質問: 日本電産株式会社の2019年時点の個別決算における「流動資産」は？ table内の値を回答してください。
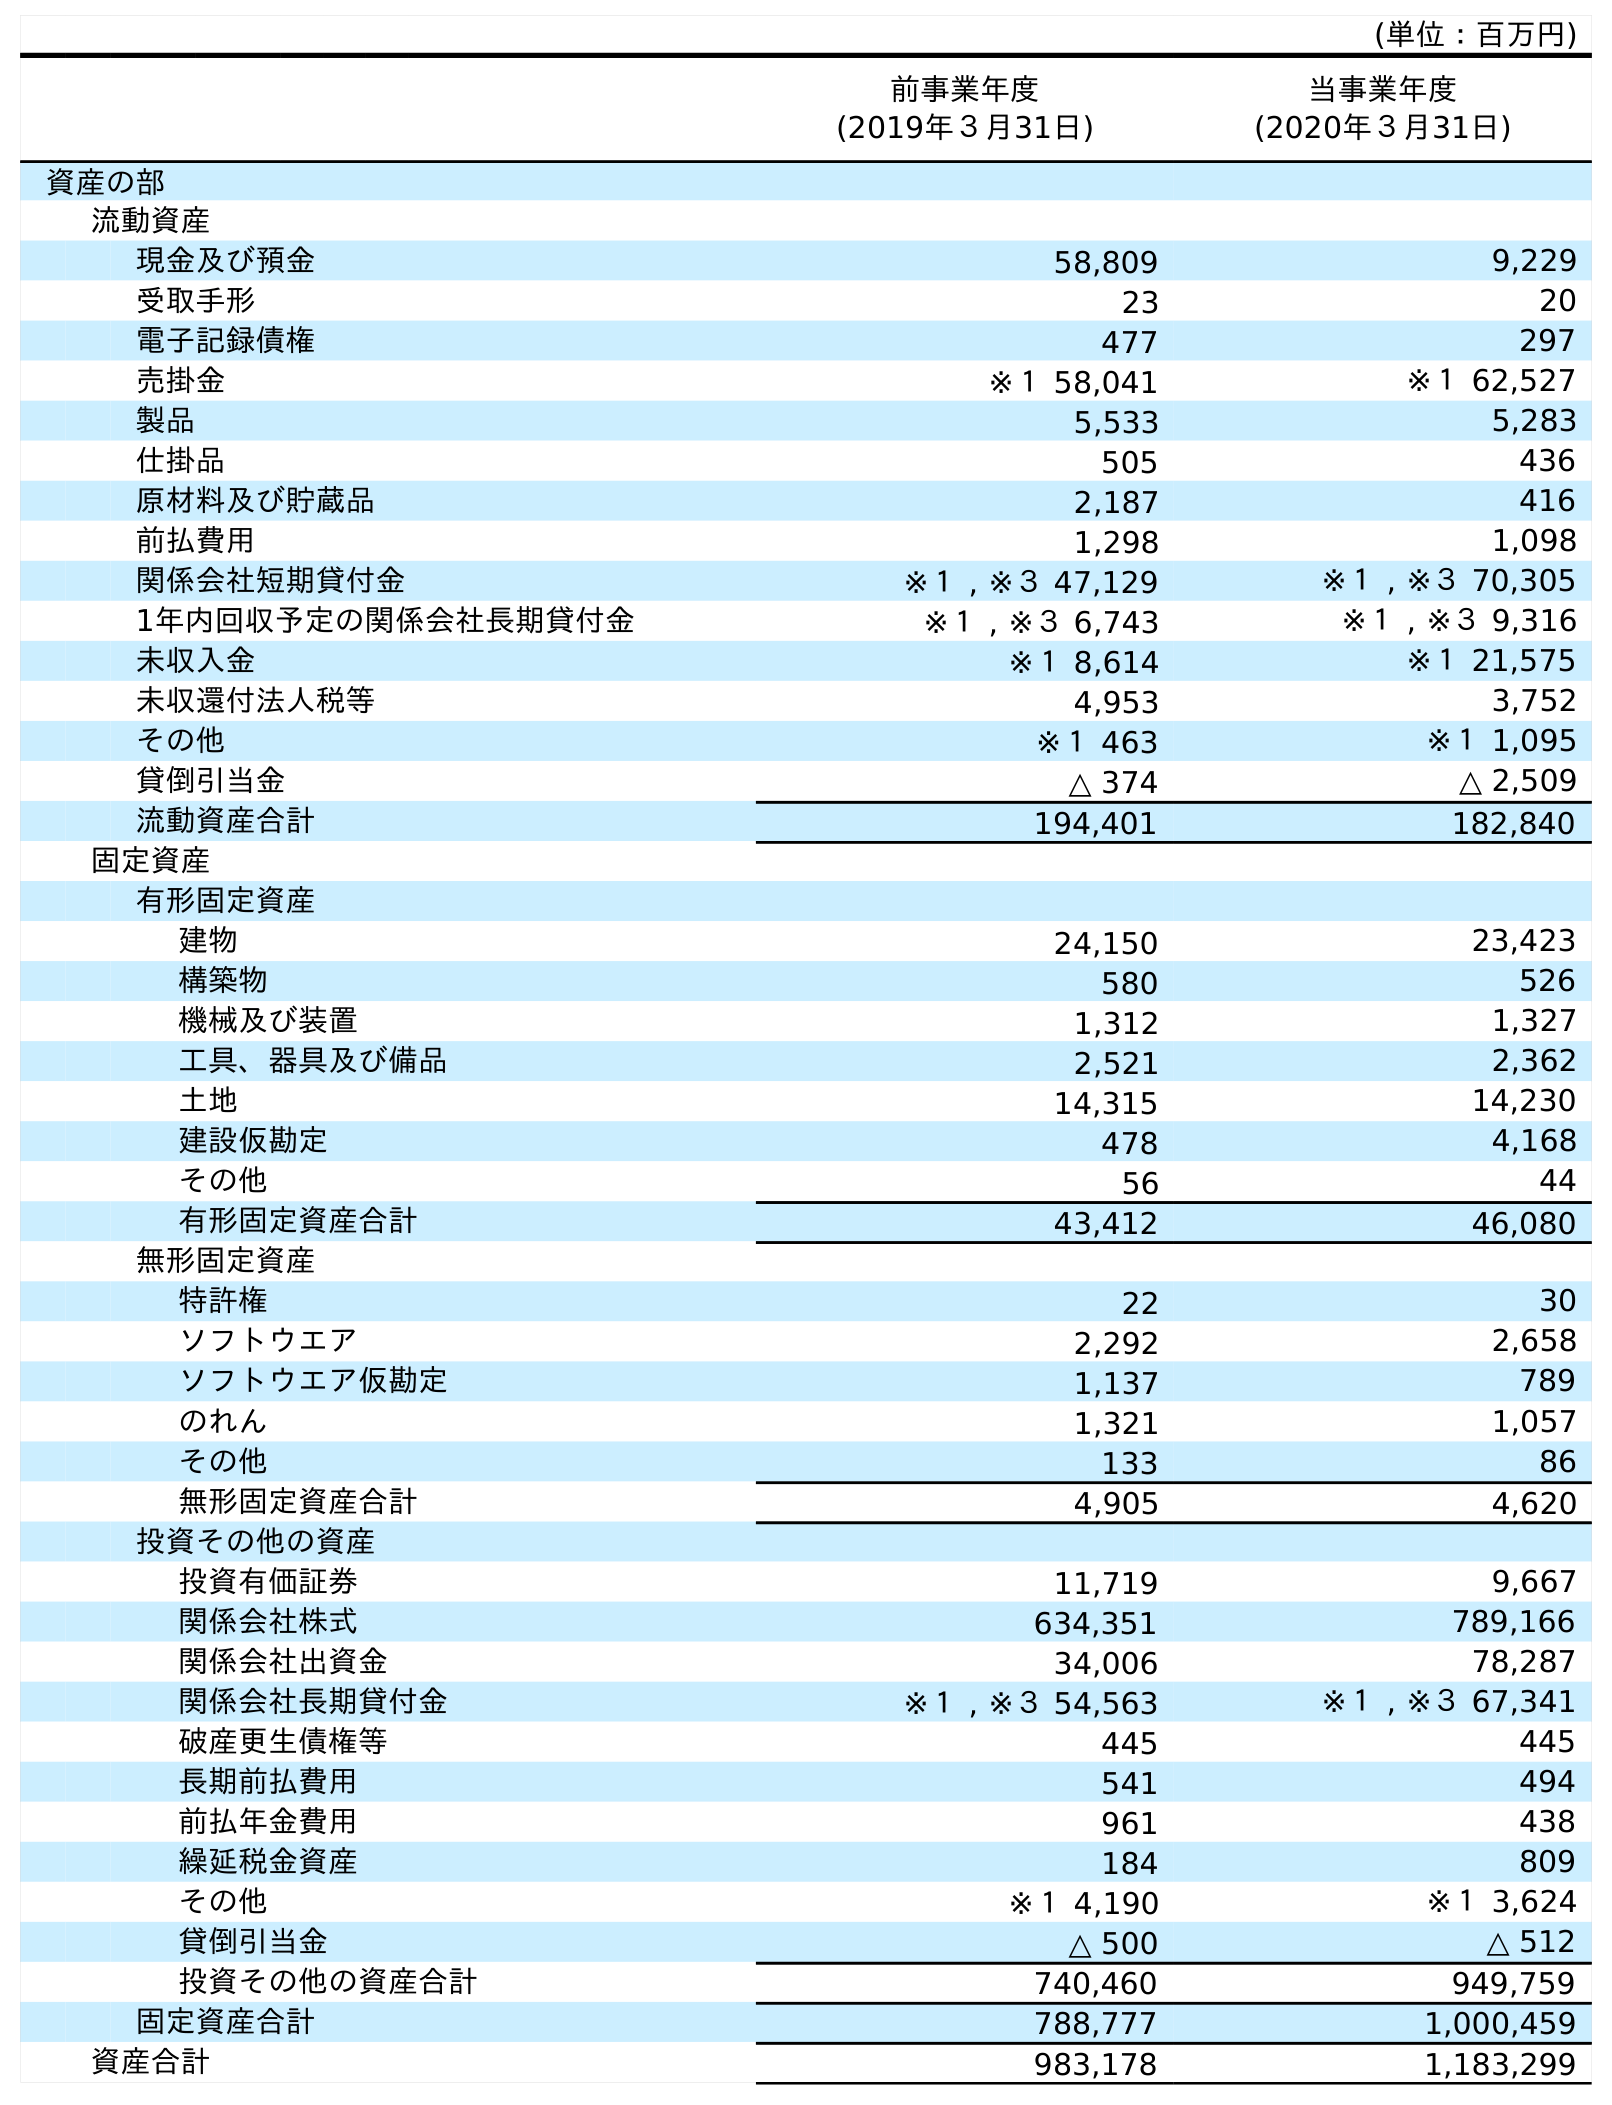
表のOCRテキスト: (単位：百万円) 前事業年度 (2019年３月31日) 当事業年度 (2020年３月31日) 資産の部 流動資産 現金及び預金 58,809 9,229 受取手形 23 20 電子記録債権 477 297 売掛金 ※１ 58,041 ※１ 62,527 製品 5,533 5,283 仕掛品 505 436 原材料及び貯蔵品 2,187 416 前払費用 1,298 1,098 関係会社短期貸付金 ※１ , ※３ 47,129 ※１ , ※３ 70,305 1年内回収予定の関係会社長期貸付金 ※１ , ※３ 6,743 ※１ , ※３ 9,316 未収入金 ※１ 8,614 ※１ 21,575 未収還付法人税等 4,953 3,752 その他 ※１ 463 ※１ 1,095 貸倒引当金 △ 374 △ 2,509 流動資産合計 194,401 182,840 固定資産 有形固定資産 建物 24,150 23,423 構築物 580 526 機械及び装置 1,312 1,327 工具、器具及び備品 2,521 2,362 土地 14,315 14,230 建設仮勘定 478 4,168 その他 56 44 有形固定資産合計 43,412 46,080 無形固定資産 特許権 22 30 ソフトウエア 2,292 2,658 ソフトウエア仮勘定 1,137 789 のれん 1,321 1,057 その他 133 86 無形固定資産合計 4,905 4,620 投資その他の資産 投資有価証券 11,719 9,667 関係会社株式 634,351 789,166 関係会社出資金 34,006 78,287 関係会社長期貸付金 ※１ , ※３ 54,563 ※１ , ※３ 67,341 破産更生債権等 445 445 長期前払費用 541 494 前払年金費用 961 438 繰延税金資産 184 809 その他 ※１ 4,190 ※１ 3,624 貸倒引当金 △ 500 △ 512 投資その他の資産合計 740,460 949,759 固定資産合計 788,777 1,000,459 資産合計 983,178 1,183,299
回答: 194,401